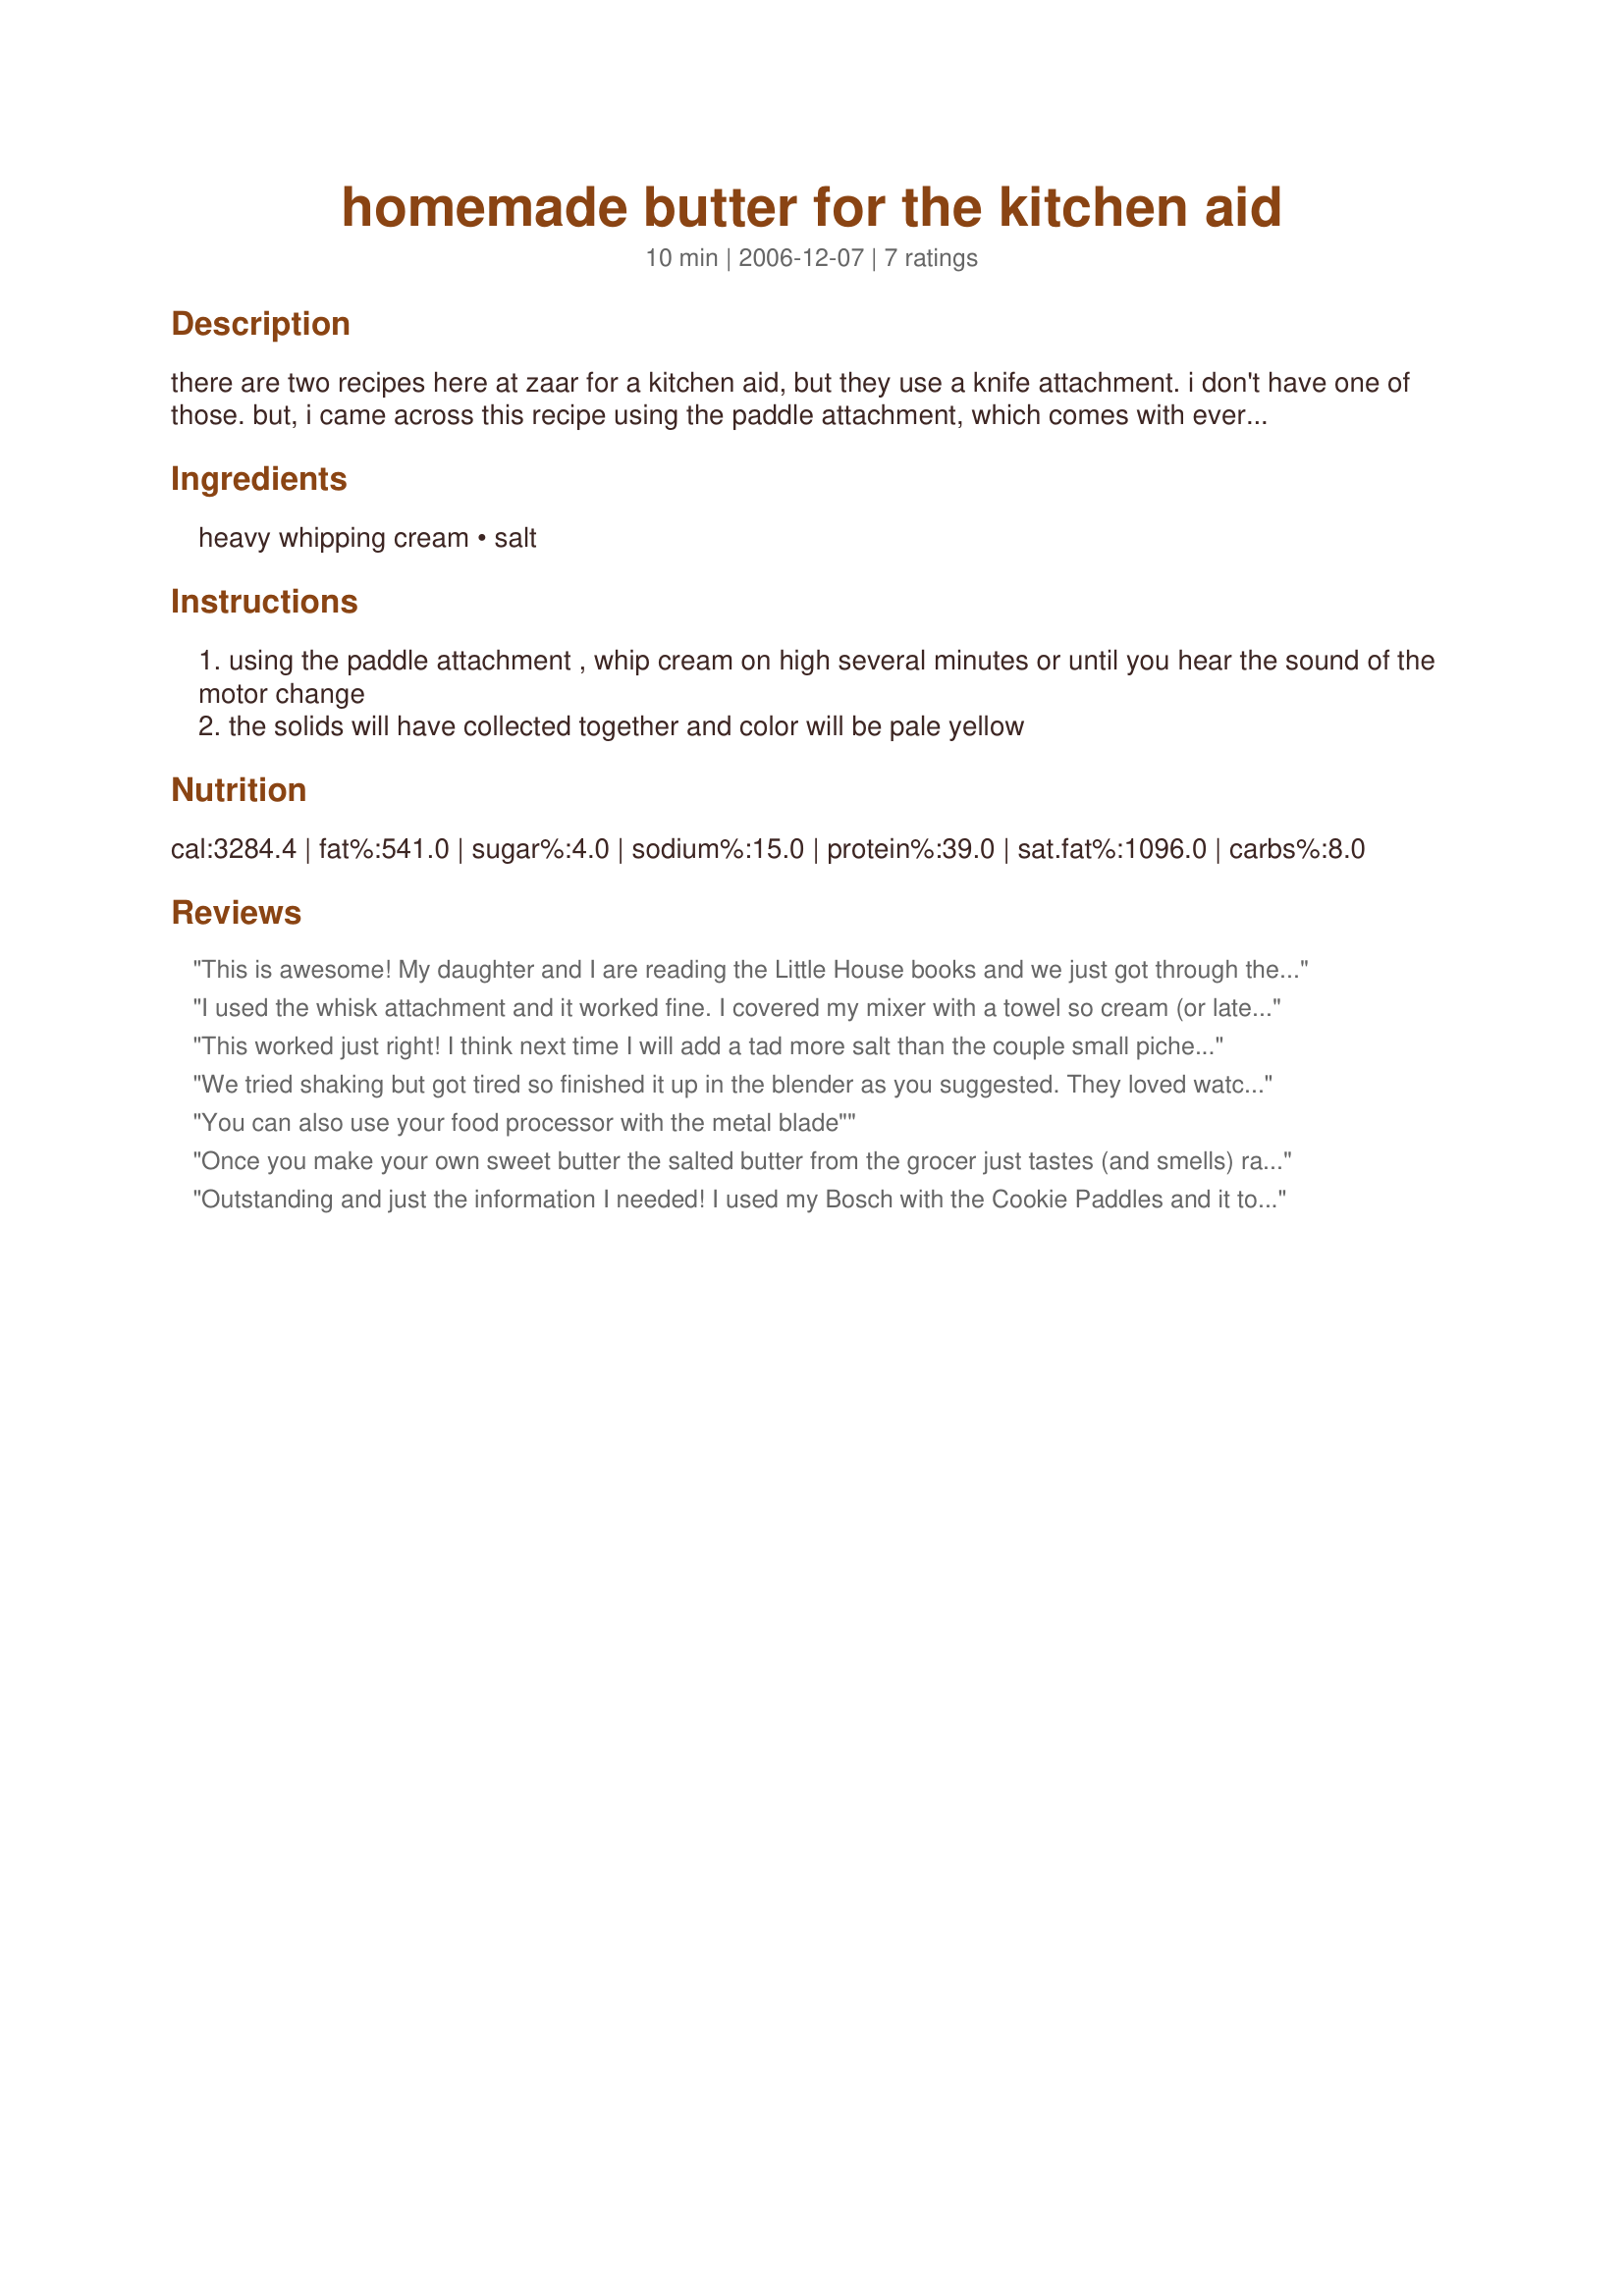
homemade butter for the kitchen aid
Preparation time: 10 minutes

there are two recipes here at zaar for a kitchen aid, but they use a knife attachment. i don't have one of those. but, i came across this recipe using the paddle attachment, which comes with every stand mixer. yeaaaaa!!! i can make homemade butter at home because it is sooo delicious. the first time we ever made butter at home, my mom put it on homemade sourdough bread. oh, that was so good! i can't wait to make more butter now that it can be done so easily. the method is from the kentucky living recipe swap.

Ingredients:
heavy whipping cream, salt

Steps:
using the paddle attachment , whip cream on high several minutes or until you hear the sound of the motor change
the solids will have collected together and color will be pale yellow

Reviews:
This is awesome! My daughter and I are reading the Little House books and we just got through the chapter that describes Ma making her own butter. My daughter wanted to try it and this recipe was the perfect thing. After 5 minutes you get a soft, creamy spread. If you let it go for 10-15 minutes on high, it separates and you get thick, creamy rich real butter. The bowl will have gobs of butter floating in buttermilk. I poured off the butter milk, squeezed out more buttermilk from the butter itself by hand and then rinsed the butter under cold water until it ran clear. It tastes so good!
I used the whisk attachment and it worked fine. I covered my mixer with a towel so cream (or later in the process, buttermilk)didn't splash everywhere.
This worked just right! I think next time I will add a tad more salt than the couple small piches I added this time. A quart of cream was splashing out the bowl of my Kitchen Aid so was just too much. Next time I make I will use 1 pint instead so I don't end up w/ whipped cream on the ceiling again ;). The reviewer who noted the time frame was right. A nice soft thick cream at 5-7 minutes and at 10-15 the seperation occured (and splashed all over my counter, hence the smaller amount next try).
We tried shaking but got tired so finished it up in the blender as you suggested. They loved watching it turn to butter. Then we had some on our homemade banana muffins.
You can also use your food processor with the metal blade"
Once you make your own sweet butter the salted butter from the grocer just tastes (and smells) rancid. The first time I made butter was in Key West in my third grade class. The teacher brought in cream and and egg beater and we took turns beating the cream (all day long I think) and then ate it on saltines. I remember telling my mother all about it, never thinking that was how they got butter when she was a kid.
Outstanding and just the information I needed! I used my Bosch with the Cookie Paddles and it took a total of 3 minutes. Now once the separation had occured I popped 3-5 ice cubes and let the butter rechill. This helped it to ball and get off the bowl and paddles. I am fortunate to have access to Raw Milk so this is pure raw butter. Three quarts of cream made 3# of butter.
